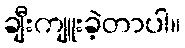
ချီးကျူးခဲ့တာပါ။